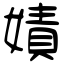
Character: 嫧